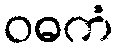
ဝဓကံ